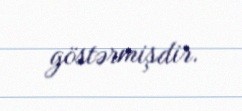
göstərmişdir.